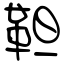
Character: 靼